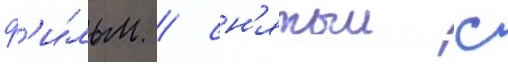
ф'и́льм / сн'ятыи с